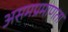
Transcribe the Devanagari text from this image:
असमप्रमाणता